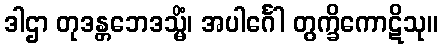
ဒါဌာ တုဒန္တဘေဒသ္မိံ၊ အပါင်္ဂေါ တွက္ခိကောဋိသု။